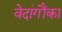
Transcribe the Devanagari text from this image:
वेदांगौंका